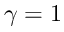
\gamma = 1